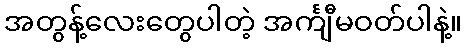
အတွန့်လေးတွေပါတဲ့ အင်္ကျီမဝတ်ပါနဲ့။